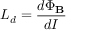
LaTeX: L _ { d } = { \frac { d \Phi _ { \mathbf { B } } } { d I } }